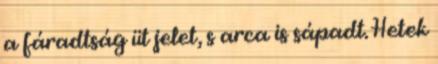
a fáradtság üt jelet, s arca is sápadt. Hetek